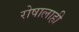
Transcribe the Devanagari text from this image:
रोषालाही